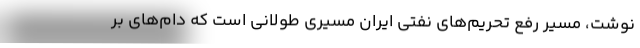
نوشت، مسیر رفع تحریم‌های نفتی ایران مسیری طولانی است که دام‌های بر